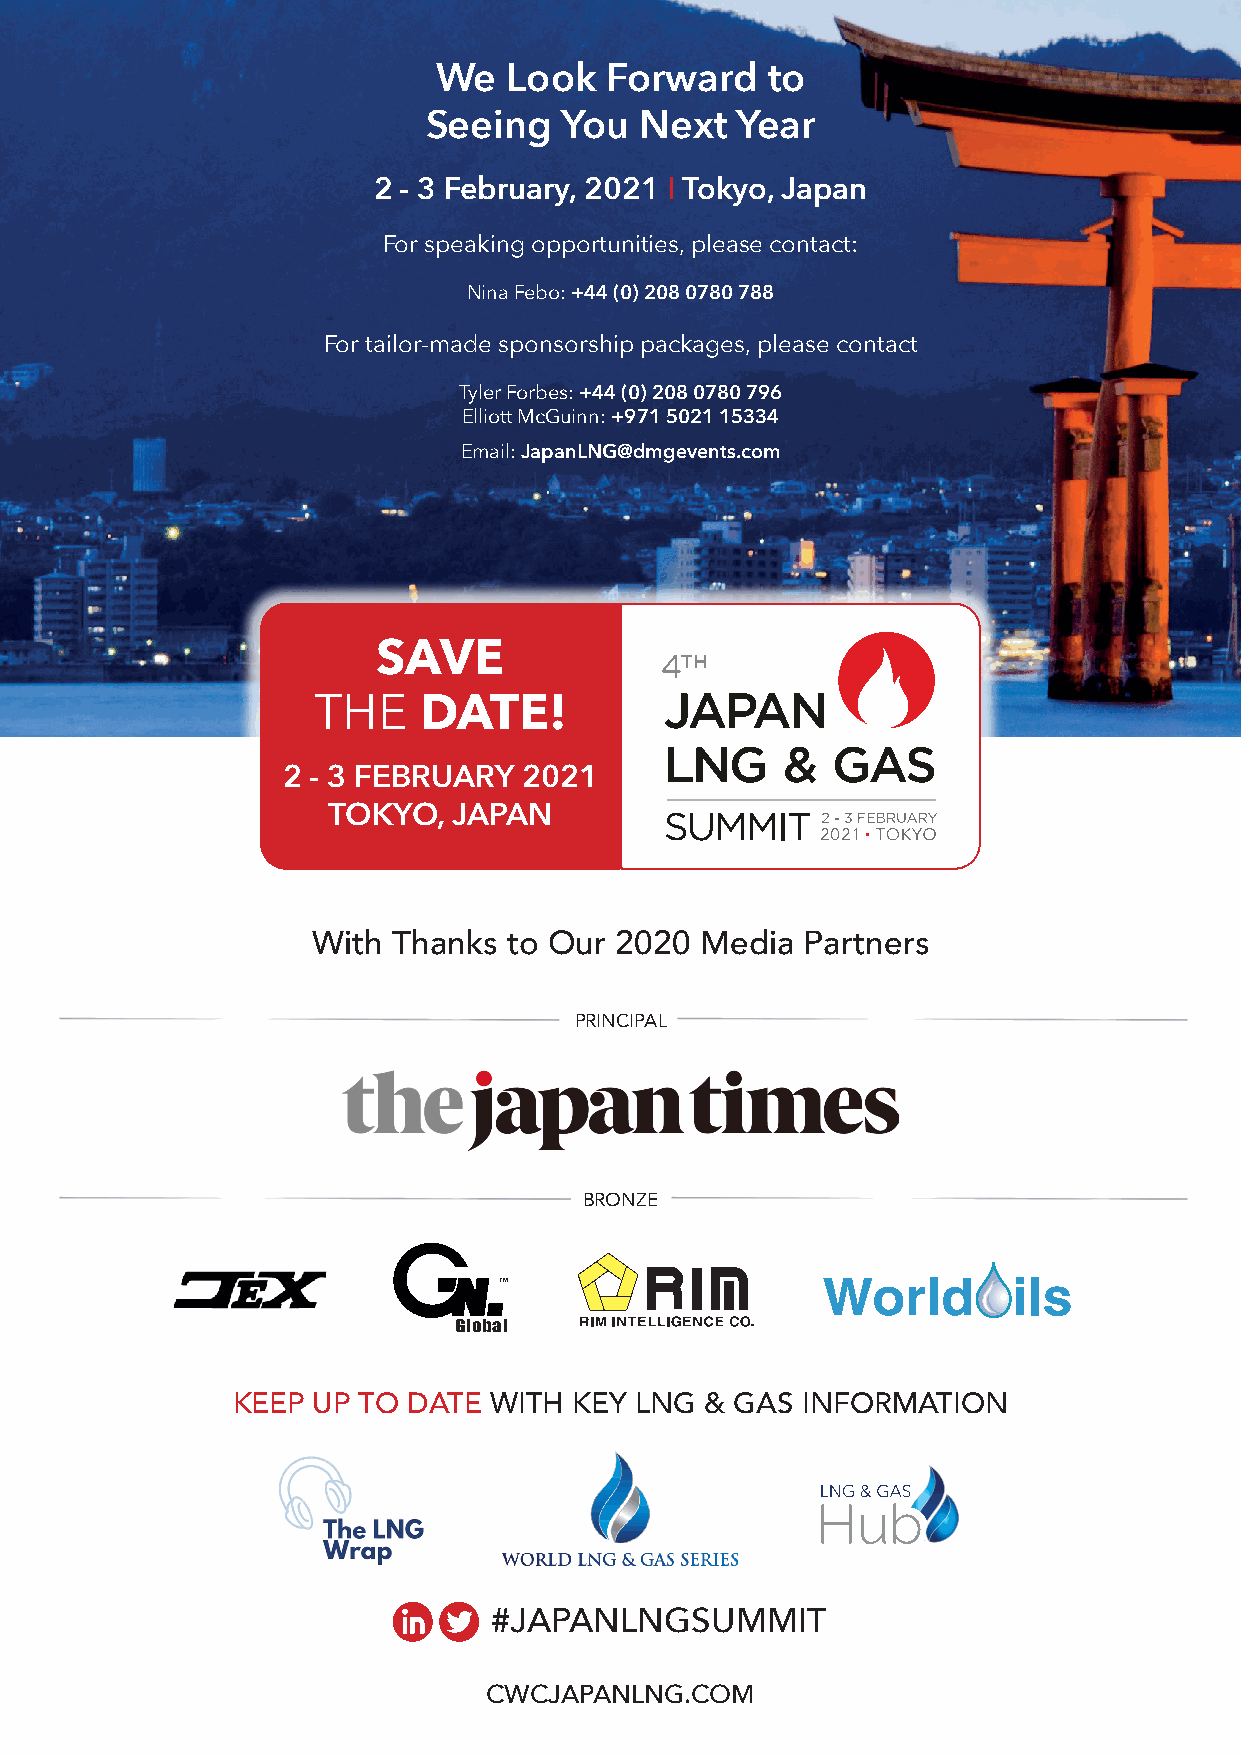
We   Look  Forward    to
 Seeing   You  Next   Year
 2 - 3 February, 2021 I Tokyo, Japan
 For speaking opportunities, please contact:
 Nina Febo: +44 (0) 208 0780 788
 For tailor-made sponsorship packages, please contact
 Tyler Forbes: +44 (0) 208 0780 796
 Elliott McGuinn: +971 5021 15334
 Email: JapanLNG@dmgevents.com
 SAVE
 THE    DATE!
 2 - 3 FEBRUARY  2021
 TOKYO,  JAPAN
 With Thanks  to Our 2020 Media  Partners
 PRINCIPAL
 BRONZE
 TM
 Global
 KEEP  UP TO DATE WITH  KEY LNG  & GAS INFORMATION
 #JAPANLNGSUMMIT
 CWCJAPANLNG.COM